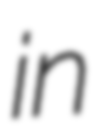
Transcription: in